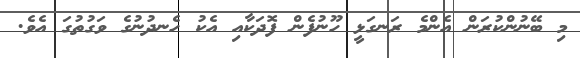
މި ބޭނުންކުރަން އެންމެ ރަނގަޅީ ހޫނުފެން ފޮދަކާއި އެކު ހެނދުނުގެ ވަގުތުގަ އެވެ.